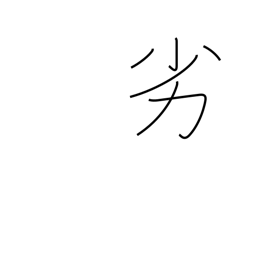
Meaning: inferiority